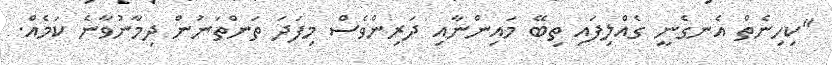
"ކިހިނެތް އެނގެނީ ގެއްލިފައި ތިބޭ މައިންނާއި ދަރިންވެސް މިފަދަ ތަންތަނުން ދިމާނުވާނެ ކަމެއް.